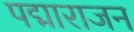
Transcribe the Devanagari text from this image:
पद्माराजन